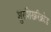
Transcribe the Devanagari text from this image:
शुरशिखरिक्रोड